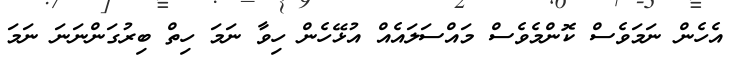
އެހެން ނަމަވެސް ކޮންމެވެސް މައްސަލައެއް އުޅޭހެން ހިވާ ނަމަ ހިތް ބިރުގަންނަނަ ނަމަ